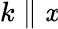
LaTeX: k\parallel\mathit{x}